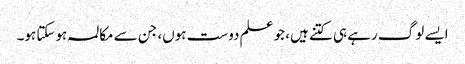
ایسے لوگ رہے ہی کتنے ہیں، جو علم دوست ہوں، جن سے مکالمہ ہوسکتا ہو۔